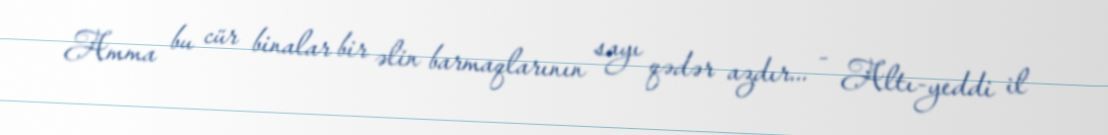
Amma bu cür binalar bir əlin barmaqlarının sayı qədər azdır... - Altı-yeddi il